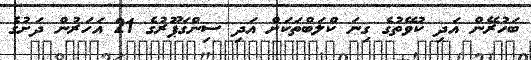
ބަހުރޭން އަދި ކުވޭތުގެ ގިނަ ކްލަބްތަކަށް އަދި ސިންގަޕޫރުގެ 21 އަހަރުން ދަށުގެ